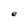
Character: e